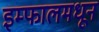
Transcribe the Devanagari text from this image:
इम्फालमधून